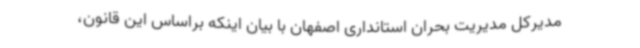
مدیرکل مدیریت بحران استانداری اصفهان با بیان اینکه براساس این قانون،